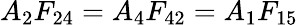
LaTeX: A_{2}F_{24}=A_{4}F_{42}=A_{1}F_{15}